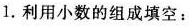
1.利用小数的组成填空：